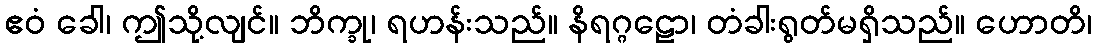
ဧဝံ ခေါ၊ ဤသို့လျင်။ ဘိက္ခု၊ ရဟန်းသည်။ နိရဂ္ဂဠော၊ တံခါးရွတ်မရှိသည်။ ဟောတိ၊